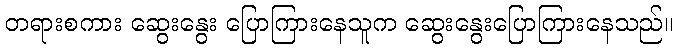
တရားစကား ဆွေးနွေး ပြောကြားနေသူက ဆွေးနွေးပြောကြားနေသည်။